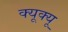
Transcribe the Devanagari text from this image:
क्यूक्यू